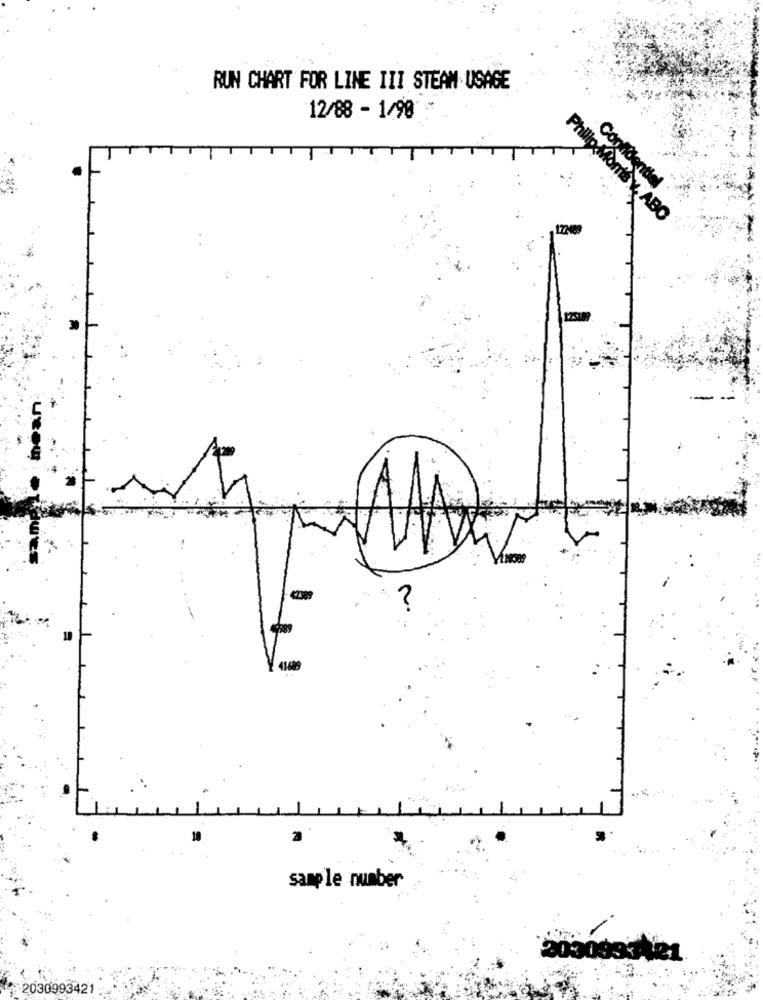
RUN CHART FOR LINE III STEAM USAGE
12/88 - 1/90
Confidentiel
Philip Morris Y, ABO
41-689
sample number
203
2030993421